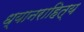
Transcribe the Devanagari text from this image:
ध्यानराहित्य